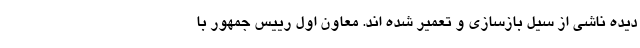
دیده ناشی از سیل بازسازی و تعمیر شده اند. معاون اول رییس جمهور با